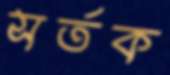
সর্তক